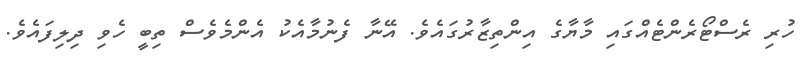
ހުރި ރެސްޓޯރެންޓެއްގައި މާޔާގެ އިންތިޒާރުގައެވެ. އޭނާ ފެނުމާއެކު އެންމެވެސް ތިބީ ހެވި ދިލިފައެވެ.